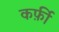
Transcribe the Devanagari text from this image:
कर्फ़ी